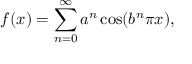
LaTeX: f ( x ) = \sum _ { n = 0 } ^ { \infty } a ^ { n } \cos ( b ^ { n } \pi x ) ,